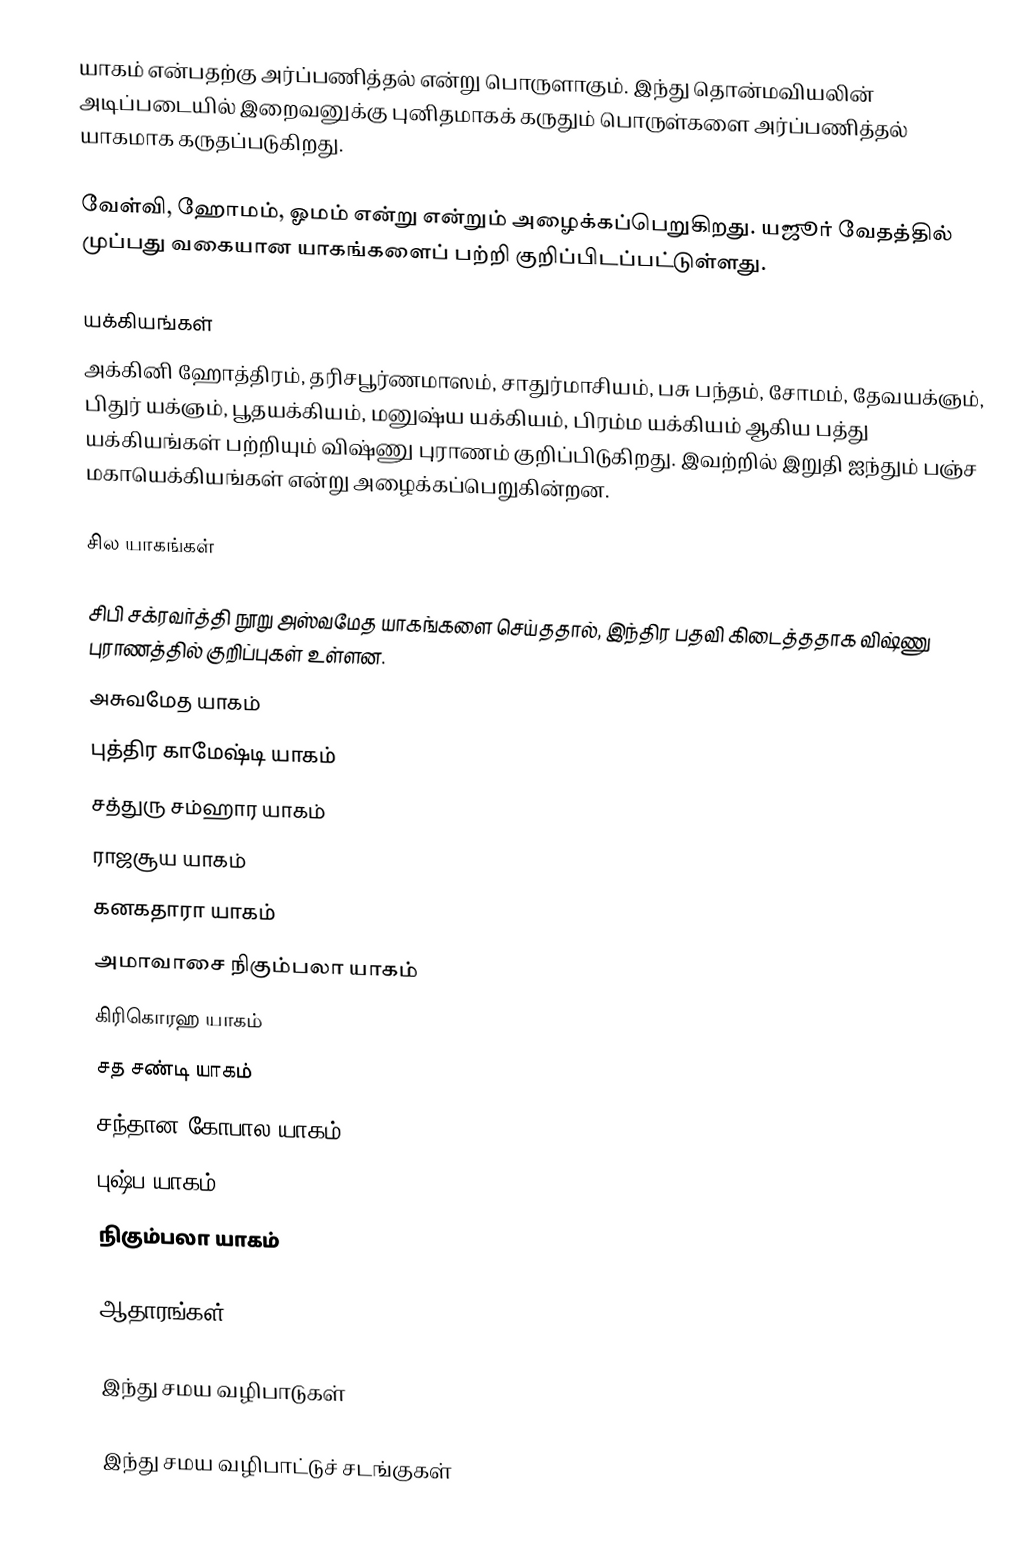
யாகம் என்பதற்கு அர்ப்பணித்தல் என்று பொருளாகும். இந்து தொன்மவியலின் அடிப்படையில் இறைவனுக்கு புனிதமாகக் கருதும் பொருள்களை அர்ப்பணித்தல் யாகமாக கருதப்படுகிறது.

வேள்வி, ஹோமம், ஓமம் என்று என்றும் அழைக்கப்பெறுகிறது. யஜூர் வேதத்தில் முப்பது வகையான யாகங்களைப் பற்றி குறிப்பிடப்பட்டுள்ளது.

யக்கியங்கள்
அக்கினி ஹோத்திரம், தரிசபூர்ணமாஸம், சாதுர்மாசியம், பசு பந்தம், சோமம், தேவயக்ஞம், பிதுர் யக்ஞம், பூதயக்கியம், மனுஷ்ய யக்கியம், பிரம்ம யக்கியம் ஆகிய பத்து யக்கியங்கள் பற்றியும் விஷ்ணு புராணம் குறிப்பிடுகிறது. இவற்றில் இறுதி ஐந்தும் பஞ்ச மகாயெக்கியங்கள் என்று அழைக்கப்பெறுகின்றன.

சில யாகங்கள்

சிபி சக்ரவர்த்தி நூறு அஸ்வமேத யாகங்களை செய்ததால், இந்திர பதவி கிடைத்ததாக விஷ்ணு புராணத்தில் குறிப்புகள் உள்ளன.
 அசுவமேத யாகம்
 புத்திர காமேஷ்டி யாகம்
 சத்துரு சம்ஹார யாகம்
 ராஜசூய யாகம்
 கனகதாரா யாகம்
 அமாவாசை நிகும்பலா யாகம்
 கிரிகொரஹ யாகம்
 சத சண்டி யாகம்
 சந்தான கோபால யாகம்
 புஷ்ப யாகம்
 நிகும்பலா யாகம்

ஆதாரங்கள்

இந்து சமய வழிபாடுகள்

இந்து சமய வழிபாட்டுச் சடங்குகள்